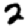
Digit: 2